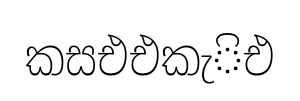
කසඑඑකැිඑ